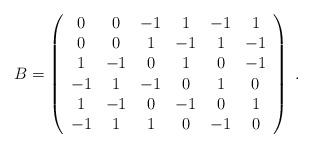
LaTeX: \begin{align*}B=\left(\begin{array}{cccccc}0 & 0 & -1 & 1 & -1 & 1 \\ 0 & 0 & 1 & -1 & 1 & -1 \\ 1 & -1 & 0 & 1 & 0 & -1 \\ -1 & 1 & -1 & 0 & 1 & 0 \\ 1 & -1 & 0 & -1 & 0 & 1 \\ -1 & 1 & 1 & 0 & -1 & 0 \end{array}\right) \;.\end{align*}